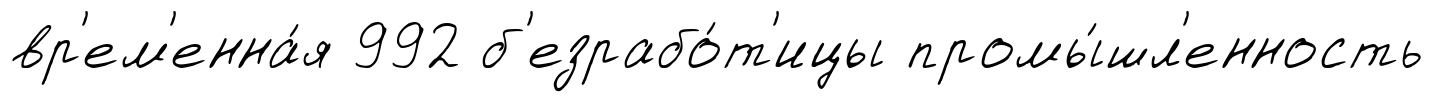
вр'ем'енна́я 992 б'езрабо́т'ицы промы́шл'енность